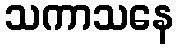
သကာသနေ